Civil Veterinary Department Bengal reports 1923-33 - 1923-1933
Year: 1923
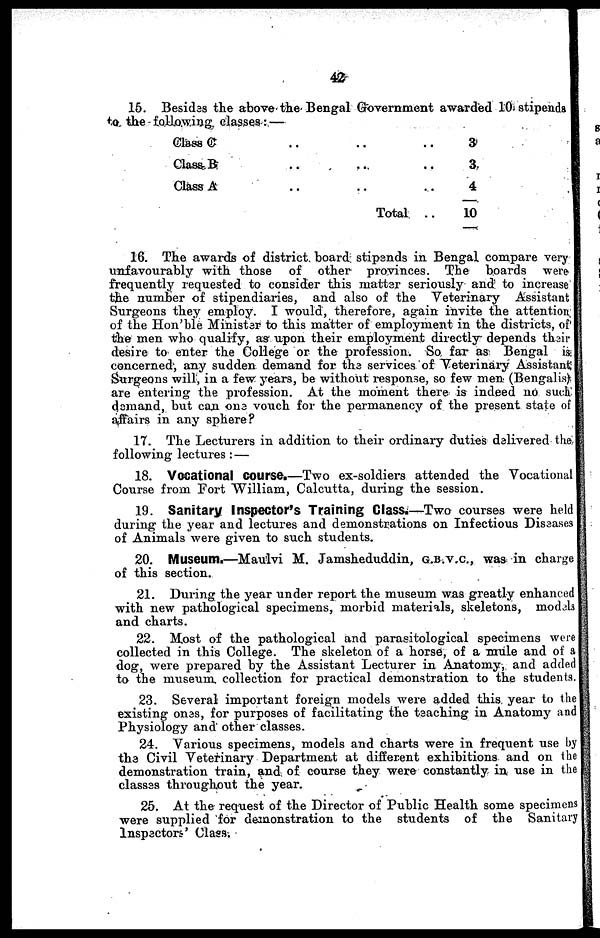
42
15. Besides the above the Bengal Government awarded 10 stipends
to. the following classes: —
Glass C
Class B
Class A
..
..
..
..
..
..
Total
..
..
..
..
3
3
4
10
16. The awards of district board stipends in Bengal compare very
unfavourably with those of other provinces. The boards were
frequently requested to consider this matter seriously and to increase
the number of stipendiaries, and also of the Veterinary Assistant
Surgeons they employ. I would, therefore, again invite the attention
of the Hon'ble Minister to this matter of employment in the districts, of
the men who qualify, as upon their employment directly depends their
desire to enter the College or the profession. So far as Bengal is
concerned, any sudden demand for the services of Veterinary Assistant
Surgeons will, in a few years, be without response, so few men (Bengalis)
are entering the profession. At the moment there is indeed no such
demand, but can one vouch for the permanency of the present state of
affairs in any sphere?
17. The Lecturers in addition to their ordinary duties delivered the
following lectures : —
18. Vocational course.—Two ex-soldiers attended the Vocational
Course from Fort William, Calcutta, during the session.
19. Sanitary Inspector's Training Class.—Two courses were held
during the year and lectures and demonstrations on Infectious Diseases
of Animals were given to such students.
20. Museum.—Maulvi M. Jamsheduddin, G.B.V.C, was in charge
of this section.
21. During the year under report the museum was greatly enhanced
with new pathological specimens, morbid materials, skeletons, models
and charts.
22. Most of the pathological and parasitological specimens were
collected in this College. The skeleton of a horse, of a mule and of a
dog, were prepared by the Assistant Lecturer in Anatomy, and added
to the museum collection for practical demonstration to the students.
23. Several important foreign models were added this year to the
existing ones, for purposes of facilitating the teaching in Anatomy and
Physiology and other classes.
24. Various specimens, models and charts were in frequent use by
the Civil Veterinary Department at different exhibitions and on the
demonstration train, and of course they were constantly in use in the
classes throughout the year.
25. At the request of the Director of Public Health some specimens
were supplied for demonstration to the students of the Sanitary
Inspectors' Class.